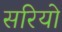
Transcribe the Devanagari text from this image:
सरियो